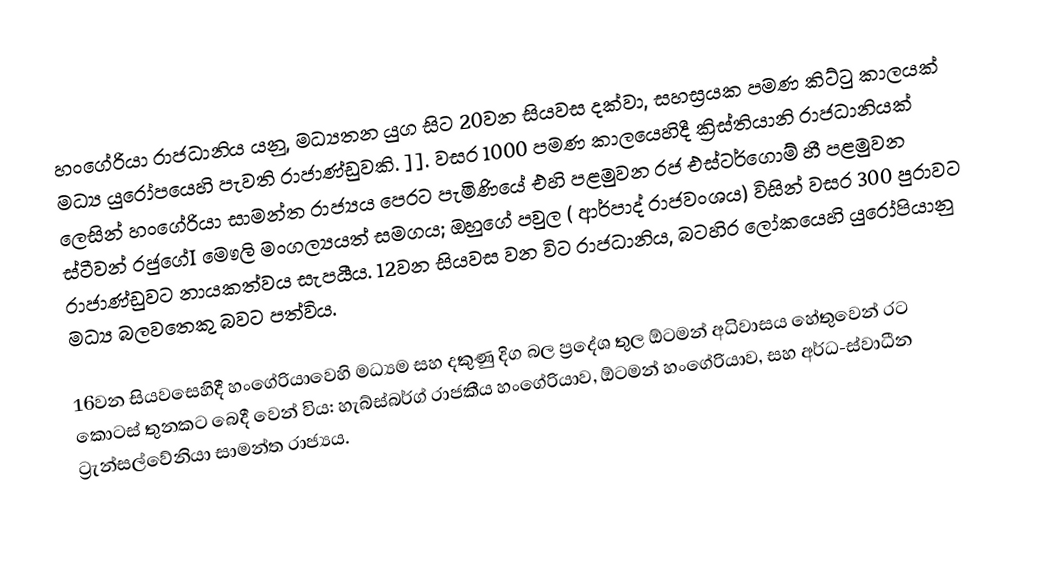
හංගේරියා රාජධානිය යනු, මධ්‍යතන යුග සිට 20වන සියවස දක්වා, සහස්‍රයක පමණ කිට්ටු කාලයක්  මධ්‍ය යුරෝපයෙහි පැවති රාජාණ්ඩුවකි. ]]. වසර 1000 පමණ කාලයෙහිදී ක්‍රිස්තියානි රාජධානියක් ලෙසින් හංගේරියා සාමන්ත රාජ්‍යය පෙරට පැමිණියේ එහි පළමුවන රජ එස්ටර්ගොම් හී පළමුවන ස්ටීවන් රජුගේI මෞලි මංගල්‍යයත් සමගය;  ඔහුගේ පවුල ( ආර්පාද් රාජවංශය) විසින් වසර  300 පුරාවට රාජාණ්ඩුවට නායකත්වය සැපයීය. 12වන සියවස වන විට රාජධානිය, බටහිර ලෝකයෙහි යුරෝපියානු මධ්‍ය බලවතෙකු බවට පත්විය.

16වන සියවසෙහිදී හංගේරියාවෙහි මධ්‍යම සහ දකුණු දිග බල ප්‍රදේශ තුල ඕටමන් අධිවාසය හේතුවෙන් රට කොටස් තුනකට බෙදී වෙන් විය: හැබ්ස්බර්ග් රාජකීය හංගේරියාව, ඕටමන් හංගේරියාව, සහ අර්ධ-ස්වාධීන ට්‍රැන්සල්වේනියා සාමන්ත රාජ්‍යය.